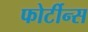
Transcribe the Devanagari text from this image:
फोर्टीन्स